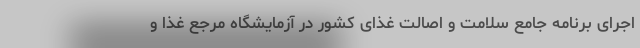
اجرای برنامه جامع سلامت و اصالت غذای کشور در آزمایشگاه مرجع غذا و